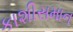
કાશીસમાન